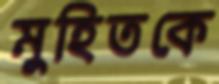
মুহিতকে